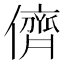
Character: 儕